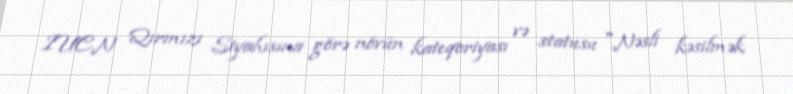
IUCN Qırmızı Siyahısına görə növün kateqoriyası və statusu "Nəsli kəsilmək